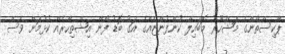
ޕާކިސްތާންގެ މަޝްހޫރު މޮބައިލް ކުންފުންޏެއްގެ އަގު ބޮޑު ފޯން އިޝްތިހާރެއް ކުޅުމަށް ވެސް